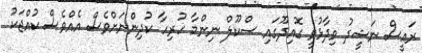
ރައީސް ނަޝީދު ވިދާޅުވީ ގޮއިދޫގައި ސްކޫލް ނިންމާ ހުރިހާ ކުދިންނަށްވެސް އެއްވެސް ކުއްޖަކު